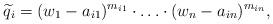
LaTeX: \begin{align*}\widetilde q_i=(w_1-a_{i1})^{m_{i1}}\cdot \ldots \cdot(w_n-a_{in})^{m_{in}},\end{align*}